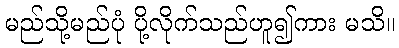
မည်သို့မည်ပုံ ပို့လိုက်သည်ဟူ၍ကား မသိ။